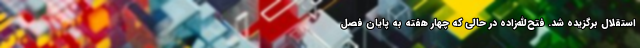
استقلال برگزیده شد. فتح‌الله‌زاده در حالی که چهار هفته به پایان فصل